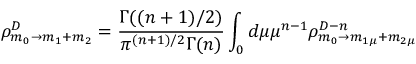
\rho _ { m _ { 0 } \rightarrow m _ { 1 } + m _ { 2 } } ^ { D } = \frac { \Gamma ( ( n + 1 ) / 2 ) } { \pi ^ { ( n + 1 ) / 2 } \Gamma ( n ) } \int _ { 0 } d \mu \mu ^ { n - 1 } \rho _ { m _ { 0 } \rightarrow m _ { 1 \mu } + m _ { 2 \mu } } ^ { D - n }